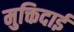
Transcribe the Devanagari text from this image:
मुक्तिदाई